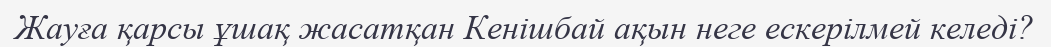
Жауға қарсы ұшақ жасатқан Кенішбай ақын неге ескерілмей келеді?